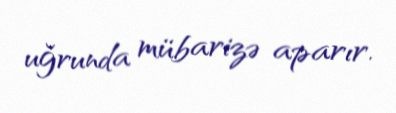
uğrunda mübarizə aparır.